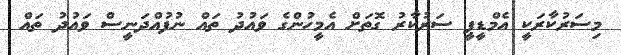
މިސަރުކާރަކީ އެމްޑީޕީ ސަރުކާރު ގޮތަށް އެމީހުންގެ ވައުދު ތައް ނުފުއްދަނީސް ވައުދު ތައް